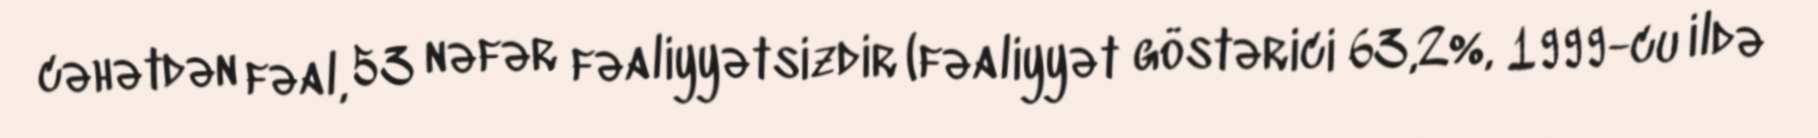
cəhətdən fəal, 53 nəfər fəaliyyətsizdir (fəaliyyət göstərici 63,2%, 1999-cu ildə